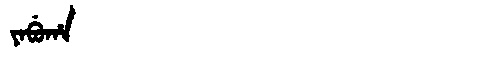
Manchu: ᠶᠠᠪᡠᡥᠠ
Romanization: YABUHA